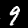
Label: 9